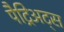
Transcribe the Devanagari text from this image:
पैट्रिअट्स